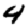
Digit: 4